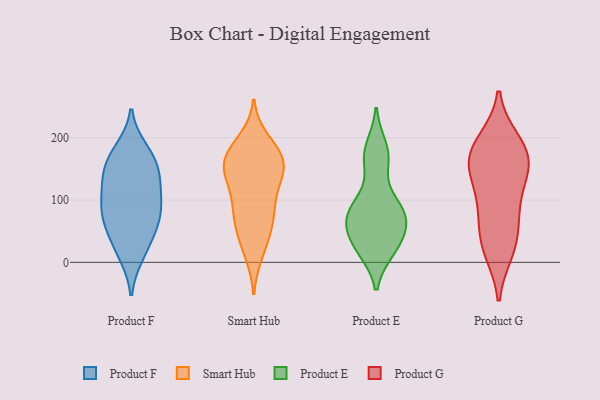
{"axis": {"x": "Tickets Resolved", "y": "Value"}, "legend": ["Product E", "Product F", "Product G", "Smart Hub"], "data": [{"x": "", "y": 44, "type": "Product F"}, {"x": "", "y": 127, "type": "Product F"}, {"x": "", "y": 116, "type": "Product F"}, {"x": "", "y": 70, "type": "Product F"}, {"x": "", "y": 12, "type": "Product F"}, {"x": "", "y": 151, "type": "Product F"}, {"x": "", "y": 90, "type": "Product F"}, {"x": "", "y": 51, "type": "Product F"}, {"x": "", "y": 128, "type": "Product F"}, {"x": "", "y": 16, "type": "Product F"}, {"x": "", "y": 71, "type": "Product F"}, {"x": "", "y": 157, "type": "Product F"}, {"x": "", "y": 181, "type": "Product F"}, {"x": "", "y": 178, "type": "Product F"}, {"x": "", "y": 94, "type": "Product F"}, {"x": "", "y": 155, "type": "Product F"}, {"x": "", "y": 83, "type": "Product F"}, {"x": "", "y": 26, "type": "Smart Hub"}, {"x": "", "y": 157, "type": "Smart Hub"}, {"x": "", "y": 132, "type": "Smart Hub"}, {"x": "", "y": 168, "type": "Smart Hub"}, {"x": "", "y": 85, "type": "Smart Hub"}, {"x": "", "y": 63, "type": "Smart Hub"}, {"x": "", "y": 131, "type": "Smart Hub"}, {"x": "", "y": 74, "type": "Smart Hub"}, {"x": "", "y": 54, "type": "Smart Hub"}, {"x": "", "y": 146, "type": "Smart Hub"}, {"x": "", "y": 163, "type": "Smart Hub"}, {"x": "", "y": 173, "type": "Smart Hub"}, {"x": "", "y": 15, "type": "Smart Hub"}, {"x": "", "y": 182, "type": "Smart Hub"}, {"x": "", "y": 195, "type": "Smart Hub"}, {"x": "", "y": 120, "type": "Smart Hub"}, {"x": "", "y": 87, "type": "Smart Hub"}, {"x": "", "y": 161, "type": "Smart Hub"}, {"x": "", "y": 88, "type": "Product E"}, {"x": "", "y": 90, "type": "Product E"}, {"x": "", "y": 64, "type": "Product E"}, {"x": "", "y": 168, "type": "Product E"}, {"x": "", "y": 184, "type": "Product E"}, {"x": "", "y": 22, "type": "Product E"}, {"x": "", "y": 20, "type": "Product E"}, {"x": "", "y": 27, "type": "Product E"}, {"x": "", "y": 45, "type": "Product E"}, {"x": "", "y": 64, "type": "Product E"}, {"x": "", "y": 74, "type": "Product E"}, {"x": "", "y": 87, "type": "Product E"}, {"x": "", "y": 163, "type": "Product E"}, {"x": "", "y": 67, "type": "Product G"}, {"x": "", "y": 164, "type": "Product G"}, {"x": "", "y": 195, "type": "Product G"}, {"x": "", "y": 194, "type": "Product G"}, {"x": "", "y": 152, "type": "Product G"}, {"x": "", "y": 82, "type": "Product G"}, {"x": "", "y": 176, "type": "Product G"}, {"x": "", "y": 163, "type": "Product G"}, {"x": "", "y": 128, "type": "Product G"}, {"x": "", "y": 22, "type": "Product G"}, {"x": "", "y": 97, "type": "Product G"}, {"x": "", "y": 35, "type": "Product G"}, {"x": "", "y": 18, "type": "Product G"}, {"x": "", "y": 152, "type": "Product G"}]}